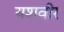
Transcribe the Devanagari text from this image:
यशवीर